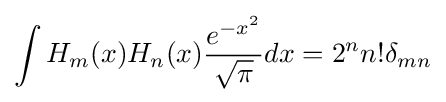
\int H_{m}(x)H_{n}(x){\frac {e^{-x^{2}}}{\sqrt {\pi }}}dx=2^{n}n!\delta _{mn}